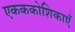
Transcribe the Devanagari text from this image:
एकककोशिकाएँ